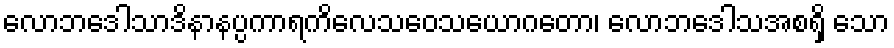
လောဘဒေါသာဒိနာနပ္ပကာရကိလေသဝေသယောဂတော၊ လောဘဒေါသအစရှိ သော